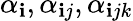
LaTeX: \alpha_{\mathbf{i}},\alpha_{\mathbf{i}j},\alpha_{\mathbf{i}jk}